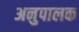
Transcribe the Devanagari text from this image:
अनुपालक